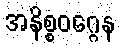
အနိစ္စဝဂ္ဂေန